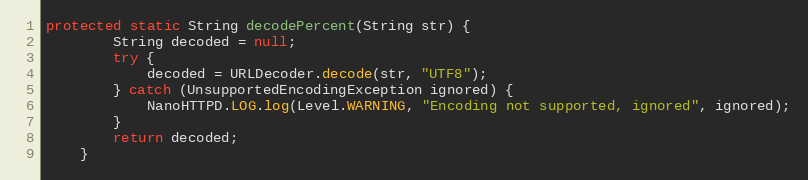
Language: Java
protected static String decodePercent(String str) {
        String decoded = null;
        try {
            decoded = URLDecoder.decode(str, "UTF8");
        } catch (UnsupportedEncodingException ignored) {
            NanoHTTPD.LOG.log(Level.WARNING, "Encoding not supported, ignored", ignored);
        }
        return decoded;
    }